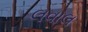
લવાલ